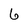
Character: 6